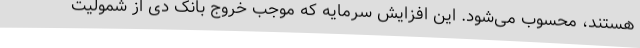
هستند، محسوب می‌شود. این افزایش سرمایه که موجب خروج بانک دی از شمولیت